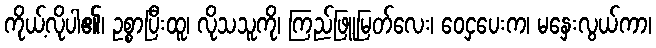
ကိုယ့်လိုပါ၏၊ ဥစ္စာပြီးထူ၊ လိုသသူကို၊ ကြည်ဖြူမြတ်လေး၊ ဝေငှပေးက၊ မနှေးလွယ်ကာ၊